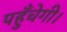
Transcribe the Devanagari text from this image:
पहुँचेगी।